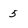
Character: 5